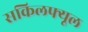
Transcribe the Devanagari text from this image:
सकिलफ्यूल